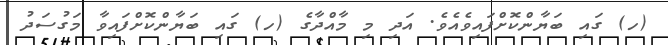
(ހ) ގައި ބަޔާންކޮށްފައިވެއެވެ. އަދި މި މާއްދާގެ (ހ) ގައި ބަޔާންކޮށްފައިވާ މަގުސަދު